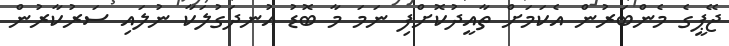
ޖޭޕީގެ މެންބަރުން އެކަމަށް ތާއީދުކޮށްފި ނަމަ މާ ބޮޑު އުނދަގުލަކާ ނުލައި ސަރުކާރުން